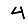
Digit: 4